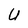
Character: U